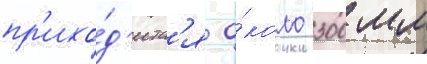
пр'ихо́д'итс'я о́коло 300 мм